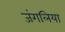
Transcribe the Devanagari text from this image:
जंगलिया